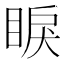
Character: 睙